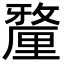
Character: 𨤲